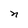
Character: n